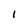
Character: 1